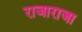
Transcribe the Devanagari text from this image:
राजाराजा